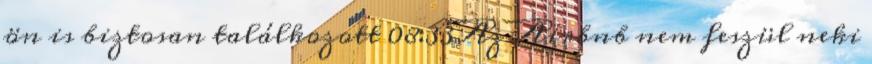
ön is biztosan találkozott 08:33Az Airbnb nem feszül neki